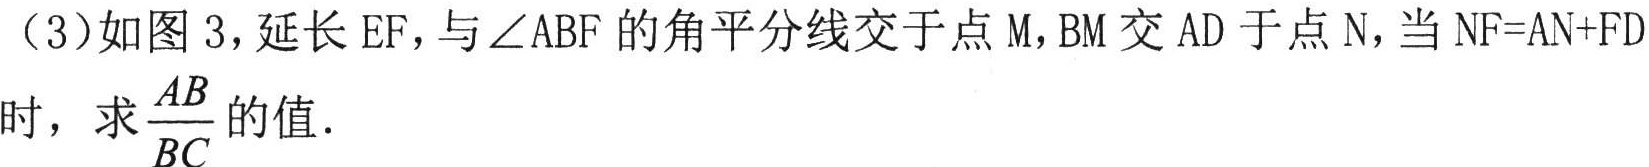
(3)如图 3，延长\(EF\)，与\(\angle ABF\)的角平分线交于点\(M\)，\(BM\)交\(AD\)于点\(N\)，当\(NF = AN + FD\)时，求\(\frac{AB}{BC}\)的值．